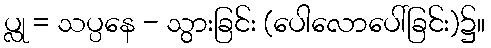
ပ္လု = သပ္ပနေ - သွားခြင်း (ပေါလောပေါ်ခြင်း)၌။